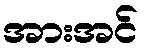
အားအင်